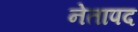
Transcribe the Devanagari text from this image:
नेतापद